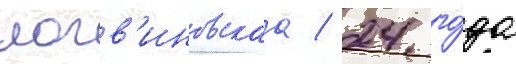
логв'иновскаа / 24 го́да